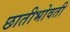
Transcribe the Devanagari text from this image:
छातीभोवती